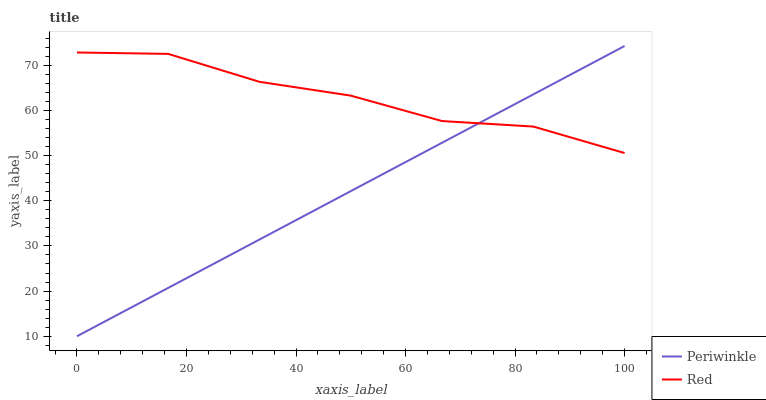
| xaxis_label | Periwinkle | Red |
 | --- | --- | --- |
 | 0 | 10 | 72.8 |
 | 16.7 | 20.7 | 72.5 |
 | 33.3 | 31.4 | 66.3 |
 | 50 | 42.1 | 63.3 |
 | 66.7 | 52.8 | 57.6 |
 | 83.3 | 63.5 | 56.4 |
 | 100 | 74.3 | 50.6 |